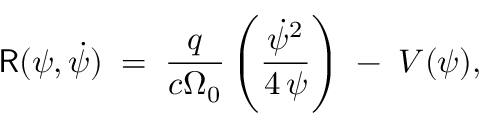
{ \sf R } ( \psi , \dot { \psi } ) \; = \; \frac { q } { c \Omega _ { 0 } } \left( \frac { \dot { \psi } ^ { 2 } } { 4 \, \psi } \right) \; - \; V ( \psi ) ,